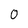
Character: O